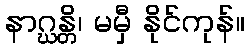
နာဂ္ဃန္တိ၊ မမှီ နိုင်ကုန်။